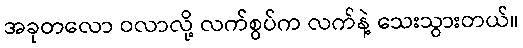
အခုတလော ဝလာလို့ လက်စွပ်က လက်နဲ့ သေးသွားတယ်။